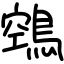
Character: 鵼